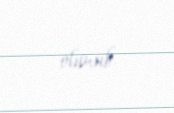
olunub.